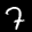
Label: 7